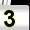
Digit: 3